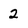
Character: 2